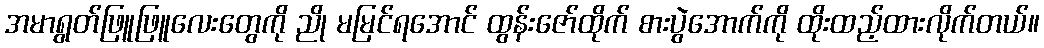
အမာရွတ်ဖြူဖြူလေးတွေကို ညို မမြင်ရအောင် ထွန်းဇော်ထိုက် စားပွဲအောက်ကို ထိုးထည့်ထားလိုက်တယ်။